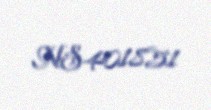
NS401851